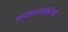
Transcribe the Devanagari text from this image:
भगवानदादांना